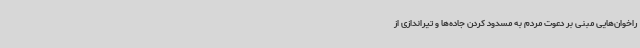
راخوان‌هایی مبنی بر دعوت مردم به مسدود کردن جاده‌ها و تیراندازی از